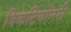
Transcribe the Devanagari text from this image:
विकटियोनरी